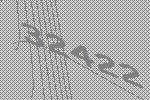
32422